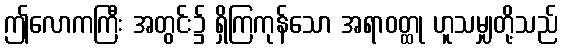
ဤလောကကြီး အတွင်း၌ ရှိကြကုန်သော အရာဝတ္ထု ဟူသမျှတို့သည်